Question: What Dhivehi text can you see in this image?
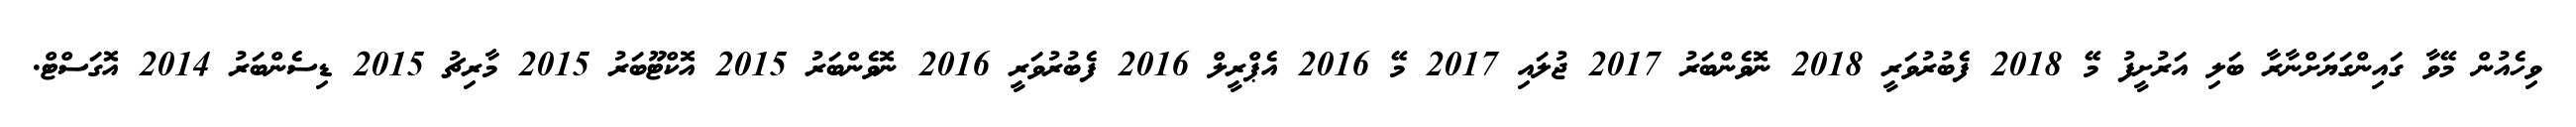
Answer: ވިހެއުން މޭވާ ގައިންގަޔަށްނާރާ ބަލި އަރުށީފު މޭ 2018 ފެބުރުވަރީ 2018 ނޮވެންބަރު 2017 ޖުލައި 2017 މޭ 2016 އެޕްރީލް 2016 ފެބުރުވަރީ 2016 ނޮވެންބަރު 2015 އޮކްޓޫބަރު 2015 މާރިޗު 2015 ޑިސެންބަރު 2014 އޮގަސްޓް.